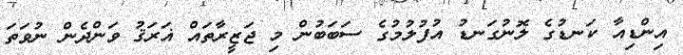
އިންޑިއާ ކަނޑުގެ ލޮނުގަނޑު އުފުލުމުގެ ސަބަބުން މި ޖަޒީރާތައް ޣަރަޤު ވަންދެން ނުވަތަ